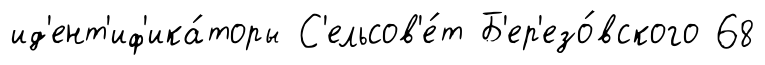
ид'ент'иф'ика́торы С'ельсов'е́т Б'ер'езо́вского 68